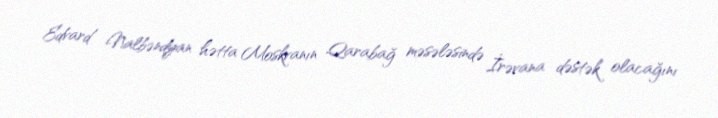
Edvard Nalbəndyan hətta Moskvanın Qarabağ məsələsində İrəvana dəstək olacağını